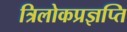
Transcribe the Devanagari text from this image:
त्रिलोकप्रज्ञप्ति